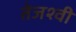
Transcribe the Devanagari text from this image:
तेजश्वी